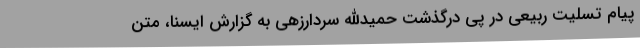
پیام تسلیت ربیعی در پی درگذشت حمیدالله سردارزهی به گزارش ایسنا، متن